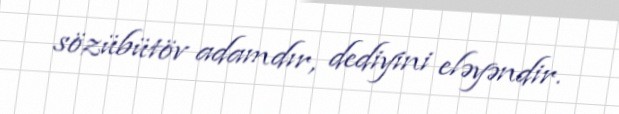
sözübütöv adamdır, dediyini eləyəndir.